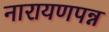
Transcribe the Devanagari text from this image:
नारायणपन्न